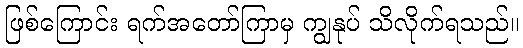
ဖြစ်ကြောင်း ရက်အတော်ကြာမှ ကျွနုပ် သိလိုက်ရသည်။